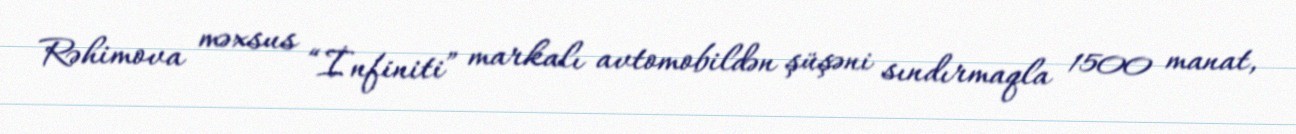
Rəhimova məxsus “İnfiniti” markalı avtomobildən şüşəni sındırmaqla 1500 manat,